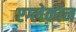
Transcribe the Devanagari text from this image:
एग्लेकोन